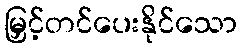
မြှင့်တင်ပေးနိုင်သော